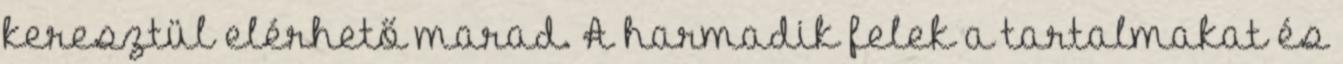
keresztül elérhető marad. A harmadik felek a tartalmakat és